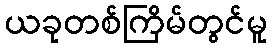
ယခုတစ်ကြိမ်တွင်မူ